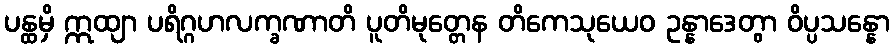
ပန္ထမှိ ဣထျာ ပရိဂ္ဂဟလက္ခဏာတိ ပူတိမုတ္တေန တိကေသုယေဝ ဥန္နာဒေတွာ ဝိပ္ပသန္နော